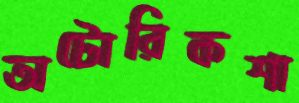
অটোরিকশা